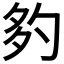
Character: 𡖑